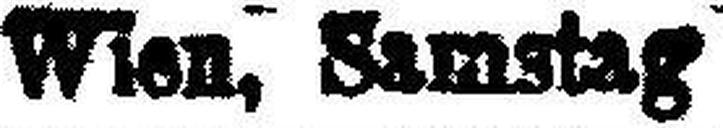
Wien, Samstag